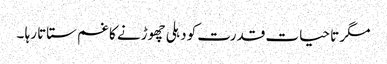
مگر تا حیات قدرت کو دہلی چھوڑنے کا غم ستاتا رہا ۔